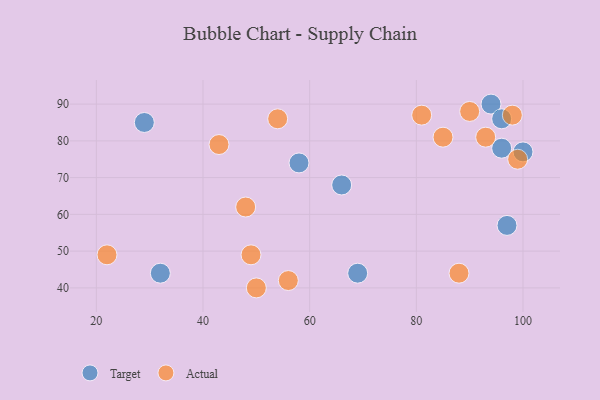
{"axis": {"x": "GDP", "y": "Life Expectancy"}, "legend": ["Actual", "Target"], "data": [{"x": "58", "y": 74, "type": "Target"}, {"x": "94", "y": 90, "type": "Target"}, {"x": "29", "y": 85, "type": "Target"}, {"x": "96", "y": 86, "type": "Target"}, {"x": "100", "y": 77, "type": "Target"}, {"x": "96", "y": 78, "type": "Target"}, {"x": "66", "y": 68, "type": "Target"}, {"x": "32", "y": 44, "type": "Target"}, {"x": "69", "y": 44, "type": "Target"}, {"x": "97", "y": 57, "type": "Target"}, {"x": "93", "y": 81, "type": "Actual"}, {"x": "98", "y": 87, "type": "Actual"}, {"x": "43", "y": 79, "type": "Actual"}, {"x": "22", "y": 49, "type": "Actual"}, {"x": "48", "y": 62, "type": "Actual"}, {"x": "54", "y": 86, "type": "Actual"}, {"x": "56", "y": 42, "type": "Actual"}, {"x": "85", "y": 81, "type": "Actual"}, {"x": "99", "y": 75, "type": "Actual"}, {"x": "90", "y": 88, "type": "Actual"}, {"x": "81", "y": 87, "type": "Actual"}, {"x": "50", "y": 40, "type": "Actual"}, {"x": "88", "y": 44, "type": "Actual"}, {"x": "49", "y": 49, "type": "Actual"}]}